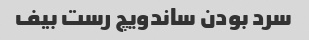
سرد بودن ساندویچ رست بیف